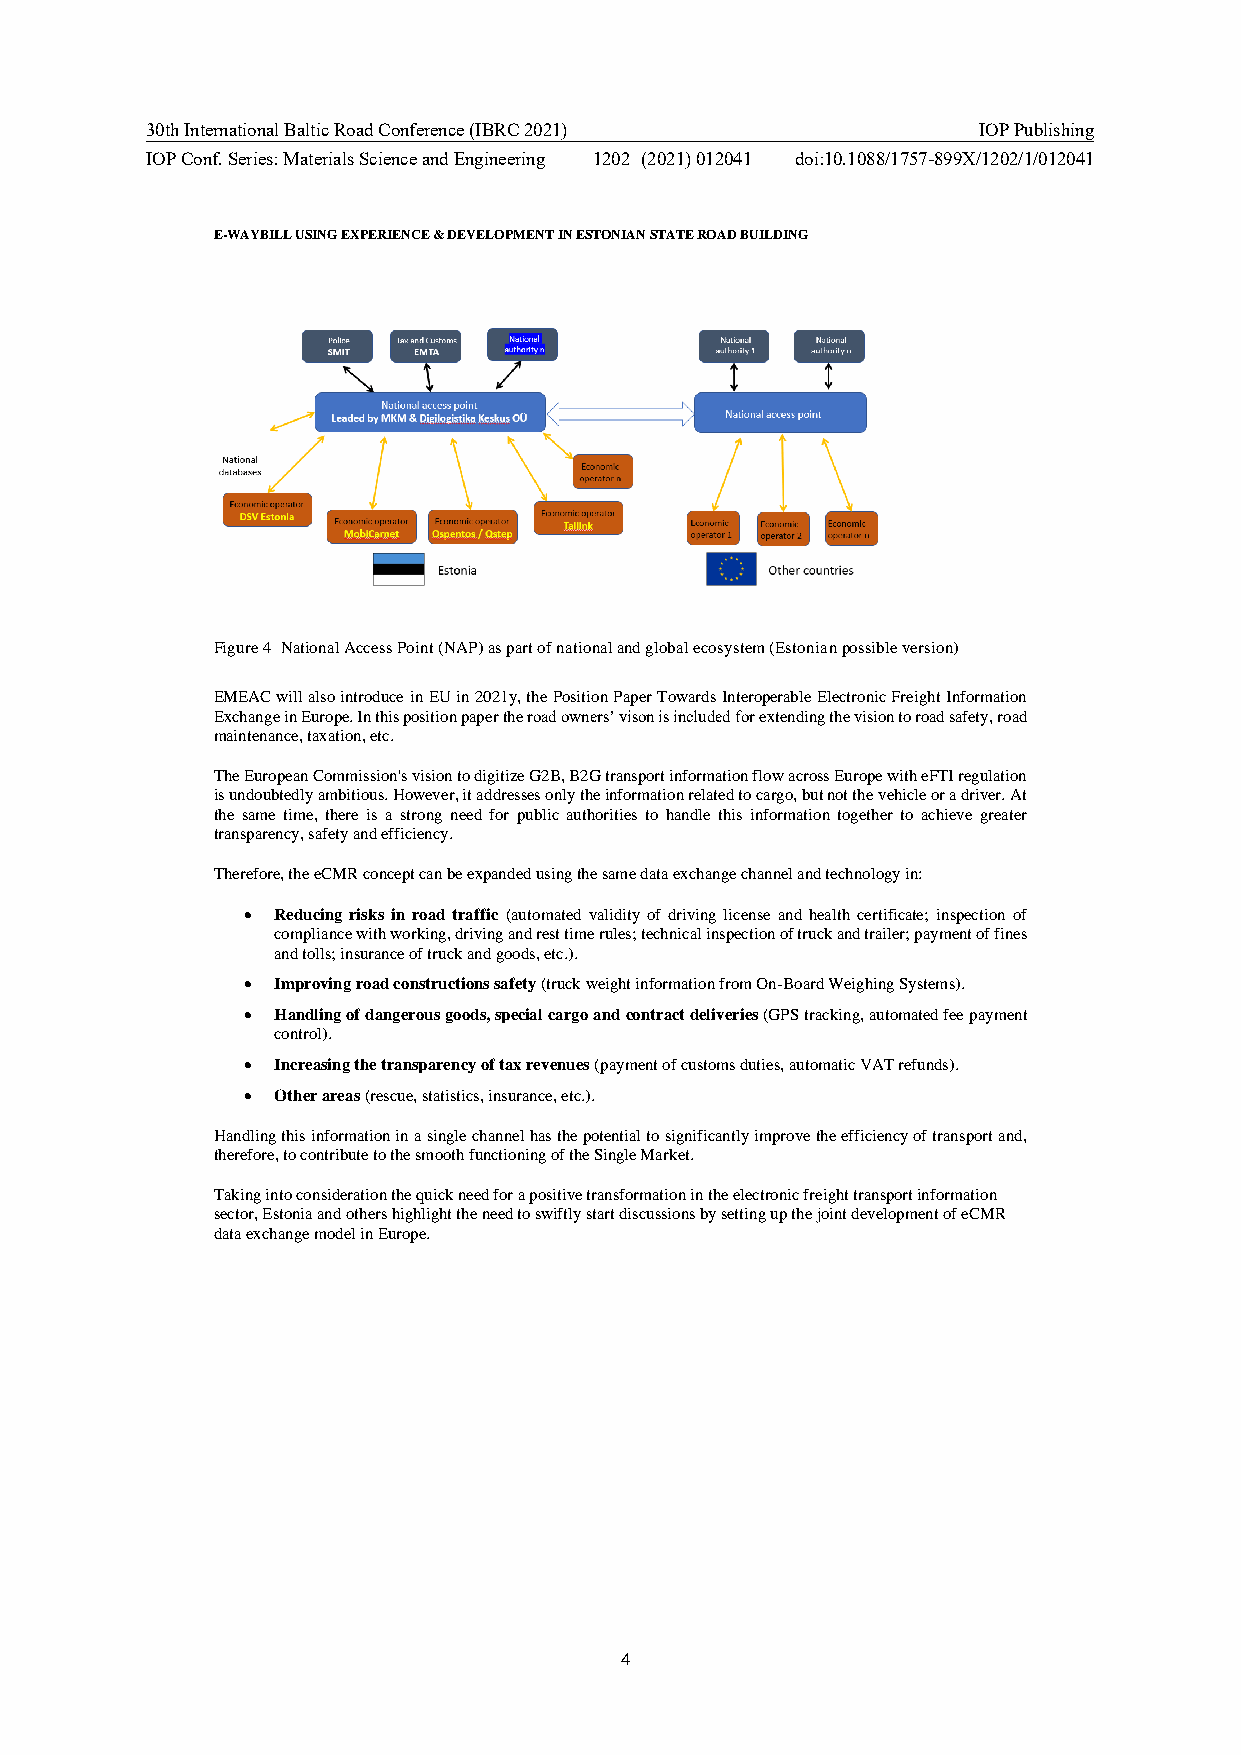
30th International Baltic Road Conference (IBRC 2021)  IOP Publishing
 IOP Conf. Series: Materials Science and Engineering 1202 (2021) 012041 doi:10.1088/1757-899X/1202/1/012041
 E-WAYBILL USING EXPERIENCE & DEVELOPMENT IN ESTONIAN STATE ROAD BUILDING
 Figure 4 National Access Point (NAP) as part of national and global ecosystem (Estonian possible version)
 EMEAC will also introduce in EU in 2021y, the Position Paper Towards Interoperable Electronic Freight Information
 Exchange in Europe. In this position paper the road owners’ vison is included for extending the vision to road safety, road
 maintenance, taxation, etc.
 The European Commission's vision to digitize G2B, B2G transport information flow across Europe with eFTI regulation
 is undoubtedly ambitious. However, it addresses only the information related to cargo, but not the vehicle or a driver. At
 the same time, there is a strong need for public authorities to handle this information together to achieve greater
 transparency, safety and efficiency.
 Therefore, the eCMR concept can be expanded using the same data exchange channel and technology in:
 • Reducing risks in road traffic (automated validity of driving license and health certificate; inspection of
 compliance with working, driving and rest time rules; technical inspection of truck and trailer; payment of fines
 and tolls; insurance of truck and goods, etc.).
 • Improving road constructions safety (truck weight information from On-Board Weighing Systems).
 • Handling of dangerous goods, special cargo and contract deliveries (GPS tracking, automated fee payment
 control).
 • Increasing the transparency of tax revenues (payment of customs duties, automatic VAT refunds).
 • Other areas (rescue, statistics, insurance, etc.).
 Handling this information in a single channel has the potential to significantly improve the efficiency of transport and,
 therefore, to contribute to the smooth functioning of the Single Market.
 Taking into consideration the quick need for a positive transformation in the electronic freight transport information
 sector, Estonia and others highlight the need to swiftly start discussions by setting up the joint development of eCMR
 data exchange model in Europe.
 4